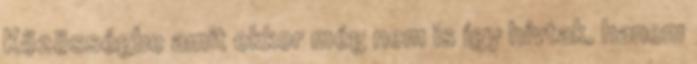
Közösségbe amit ekkor még nem is így hívtak, hanem